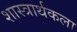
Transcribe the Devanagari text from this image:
शास्त्रार्थकला